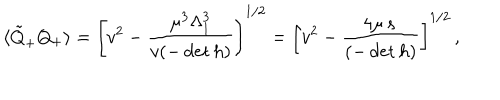
LaTeX: \langle \tilde { Q } _ { + } Q _ { + } \rangle = \left[ v ^ { 2 } - \frac { \mu ^ { 3 } \Lambda _ { 1 } ^ { 3 } } { v ( - \det h ) } \right] ^ { 1 / 2 } = \left[ v ^ { 2 } - \frac { 4 \mu \, s \, } { ( - \det h ) } \right] ^ { 1 / 2 } \, ,